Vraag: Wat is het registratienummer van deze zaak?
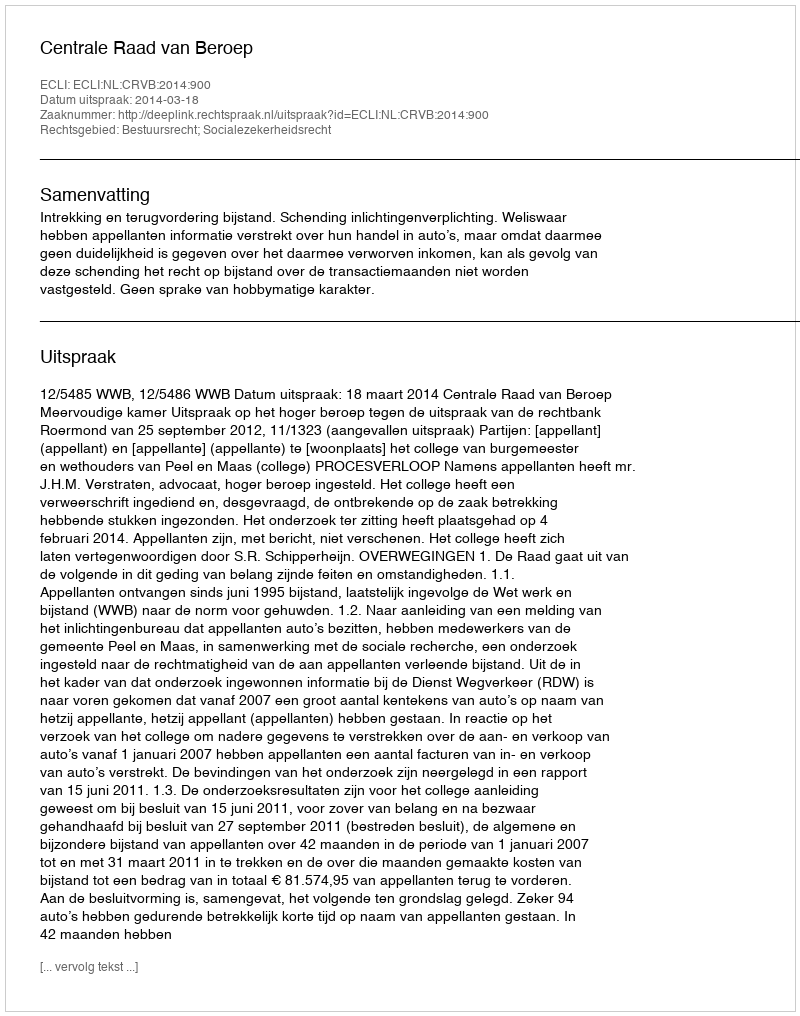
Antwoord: http://deeplink.rechtspraak.nl/uitspraak?id=ECLI:NL:CRVB:2014:900